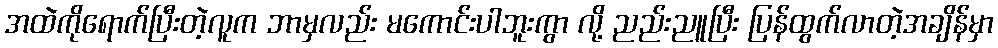
အထဲကိုရောက်ပြီးတဲ့လူက ဘာမှလည်း မကောင်းပါဘူးကွာ လို့ ညည်းညူပြီး ပြန်ထွက်လာတဲ့အချိန်မှာ